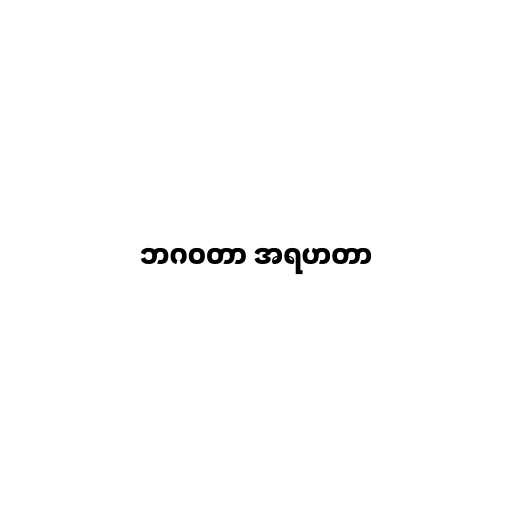
ဘဂဝတာ အရဟတာ